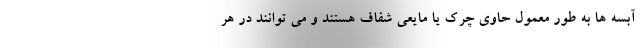
آبسه ها به طور معمول حاوی چرک یا مایعی شفاف هستند و می توانند در هر